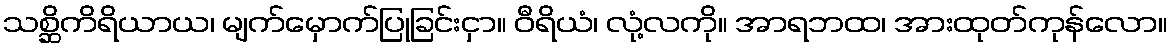
သစ္ဆိကိရိယာယ၊ မျက်မှောက်ပြုခြင်းငှာ။ ဝီရိယံ၊ လုံ့လကို။ အာရဘထ၊ အားထုတ်ကုန်လော။